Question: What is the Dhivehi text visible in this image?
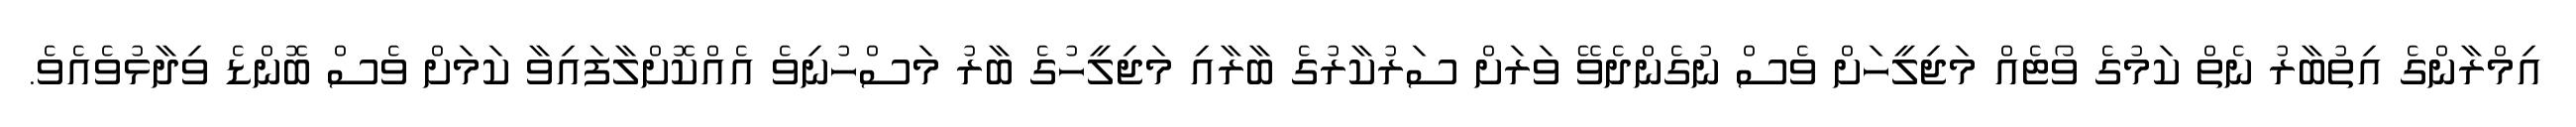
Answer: އިމްރާންގެ އިތުބާރު ނެތް ކަމުގެ ވޯޓެއް މަޖިލީހަށް ވެސް ނުގެންދެވޭ ވަރަށް ސަރުކާރުގެ ބާރާއި މަޖިލީހުގެ ބާރު މަސްހުނިވެ އެއްކޮށްލާފައިވާ ކަމަށް ވެސް ބޮންޑެ ވިދާޅުވެއެވެ.